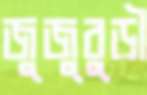
জুজুবুড়ী